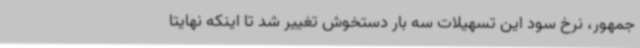
جمهور، نرخ سود این تسهیلات سه بار دستخوش تغییر شد تا اینکه نهایتا